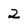
Character: 2